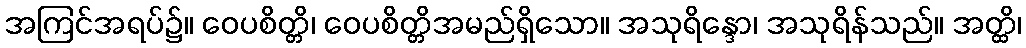
အကြင်အရပ်၌။ ဝေပစိတ္တိ၊ ဝေပစိတ္တိအမည်ရှိသော။ အသုရိန္ဒော၊ အသုရိန်သည်။ အတ္ထိ၊